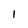
Character: 1